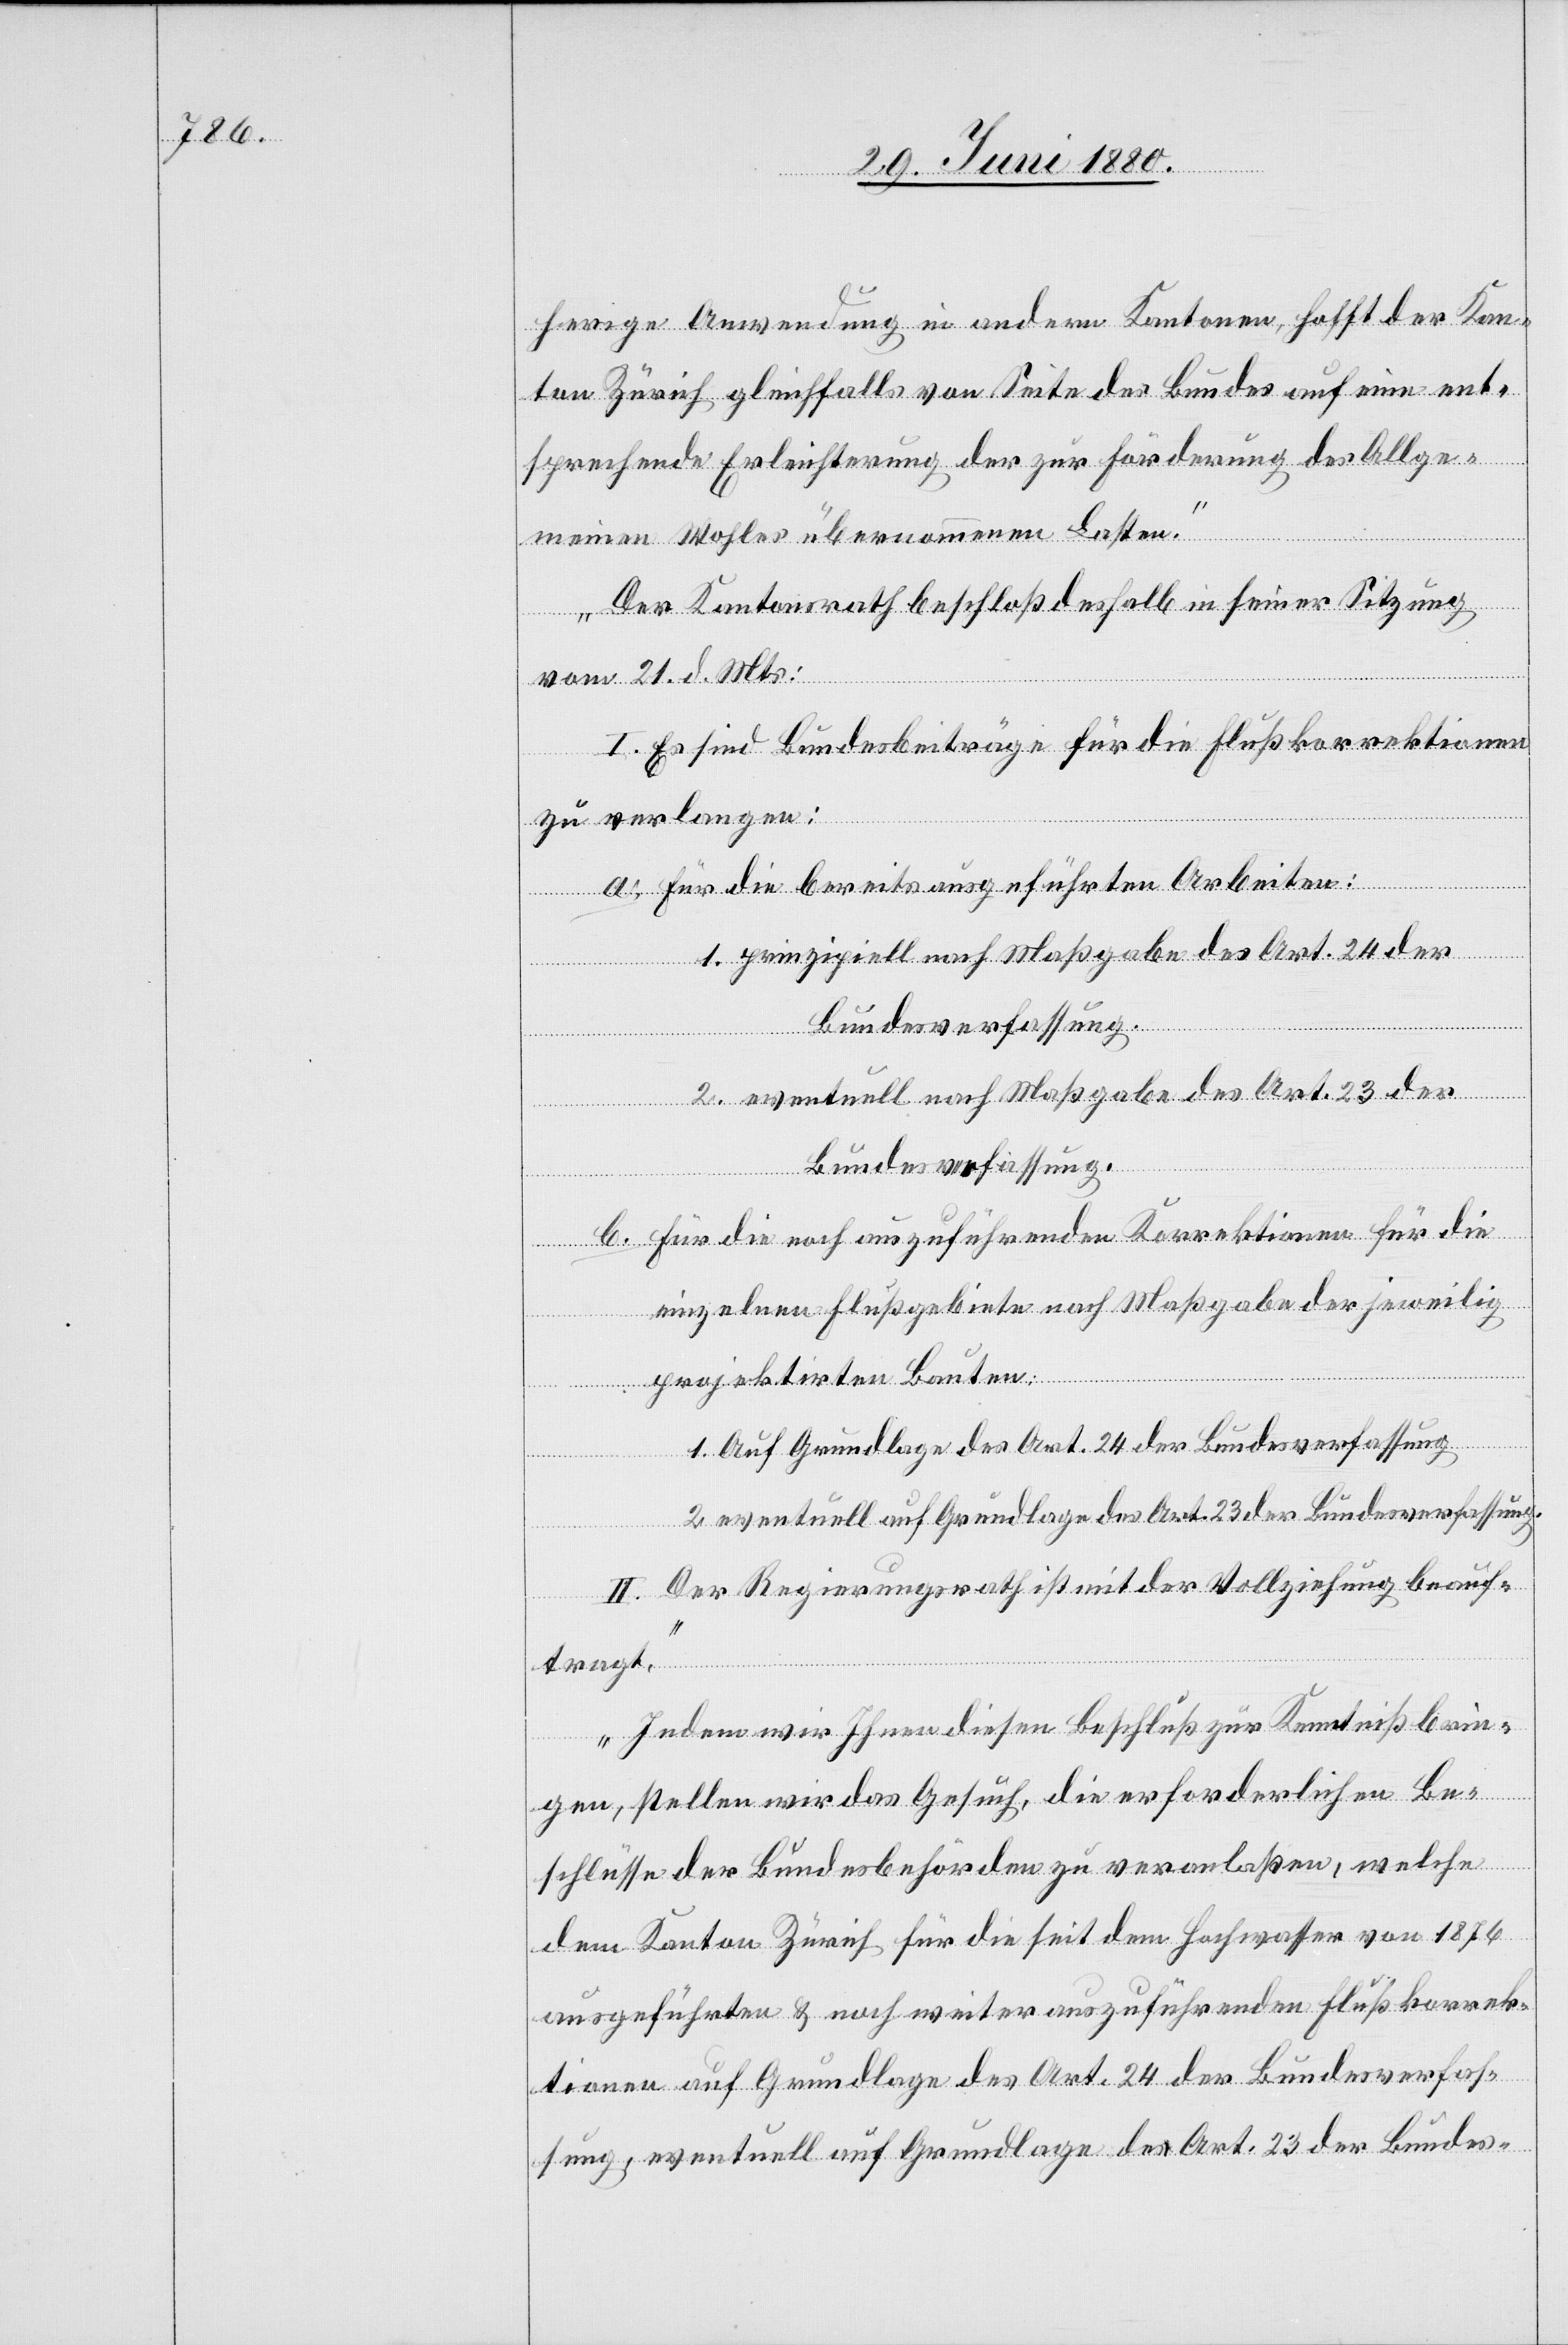
herige Anwendung in andern Kantonen, hofft der Kan¬
ton Zürich gleichfalls von Seite des Bundes auf eine ent¬
sprechende Erleichterung der zur Förderung des Allge¬
meinen Wohles übernommenen Lasten.
Der Kantonsrath beschloß deshalb in seiner Sitzung
vom 21. d. Mts.:
I. Es sind Bundesbeiträge für die Flußkorrektionen
zu verlangen:
a. Für die bereits ausgeführten Arbeiten:
1. prinzipizell nach Maßgabe des Art. 24 der
Bundesverfassung.
2. eventuell nach Maßgabe des Art. 23 der
b. Für die noch auszuführenden Korrektionen für die
einzelnen Flußgebiete nach Maßgabe der jeweilig
projektirten Bauten:
1. Auf Grundlage des Art. 24 der Bundesverfassung
2. eventuell auf Grundlage des Art. 23 der Bundesverfassung.
II. Der Regierungsrath ist mit der Vollziehung beauf¬
tragt.
Indem wir Ihnen diesen Beschluß zur Kenntniß brin¬
gen, stellen wir das Gesuch, die erforderlichen Be¬
schlüsse der Bundesbehörden zu veranlaßen, welche
dem Kanton Zürich für die seit dem Hochwasser von 1876
ausgeführten & noch weiter auszuführenden Flußkorrek¬
tionen auf Grundlage des Art. 24 der Bundesverfas¬
sung, eventuell auf Grundlage des Art. 23 der Bundes-